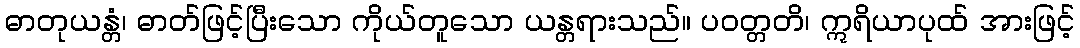
ဓာတုယန္တံ၊ ဓာတ်ဖြင့်ပြီးသော ကိုယ်တူသော ယန္တရားသည်။ ပဝတ္တတိ၊ ဣရိယာပုထ် အားဖြင့်